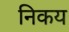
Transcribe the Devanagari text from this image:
निकय